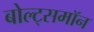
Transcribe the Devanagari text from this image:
बोल्ट्समॉन